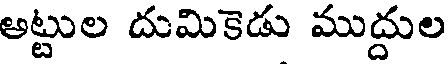
అట్టుల దుమికెడు ముద్దుల